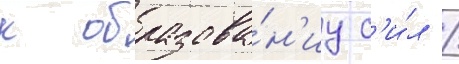
к образова́н'иу с'и́л /